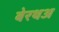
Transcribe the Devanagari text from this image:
बेरथअ